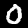
Digit: 0